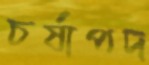
চর্ষাপদ